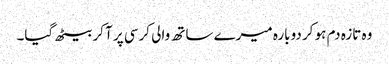
وہ تازہ دم ہو کر دوبارہ میرے ساتھ والی کرسی پر آ کر بیٹھ گیا۔